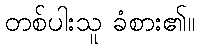
တစ်ပါးသူ ခံစား၏။